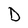
Character: D